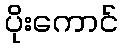
ပိုးကောင်